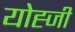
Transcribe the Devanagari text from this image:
योह्जी